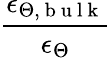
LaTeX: \frac{\epsilon_{\Theta,\mathrm{~b~u~l~k~}}}{\epsilon_{\Theta}}